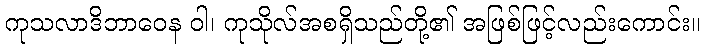
ကုသလာဒိဘာဝေန ဝါ၊ ကုသိုလ်အစရှိသည်တို့၏ အဖြစ်ဖြင့်လည်းကောင်း။